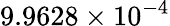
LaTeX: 9.9628\times 10^{-4}